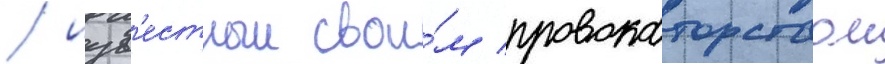
/ изв'естныи свои́м провокаторством